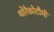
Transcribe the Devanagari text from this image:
थोरैकोटौमी